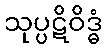
သုပ္ပဋိဝိဒ္ဓံ